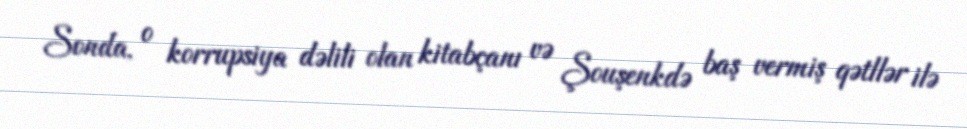
Sonda, o korrupsiya dəlili olan kitabçanı və Şouşenkdə baş vermiş qətllər ilə